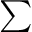
\textstyle \sum